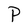
Character: P